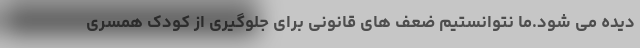
دیده می شود.ما نتوانستیم ضعف های قانونی برای جلوگیری از کودک همسری